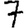
Digit: 7